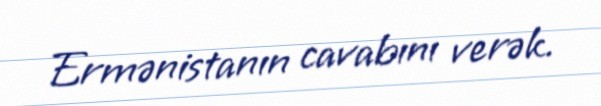
Ermənistanın cavabını verək.